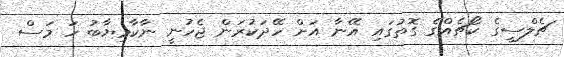
ޗެލްސީގެ ކޯޗެއްގެ ގޮތުގައި އޭނާ އަށް ހޭދަކުރަން ޖެހުނީ ނާކާމިޔާބު ހަ މަސް